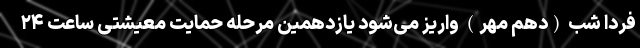
فردا شب (دهم مهر) واریز می‌شود یازدهمین مرحله حمایت معیشتی ساعت ۲۴